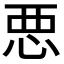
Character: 𢙣